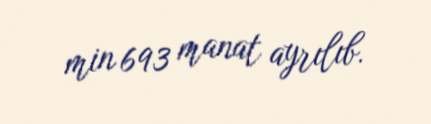
min 693 manat ayrılıb.